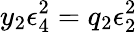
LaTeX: y_{2}\epsilon_{4}^{2}=q_{2}\epsilon_{2}^{2}